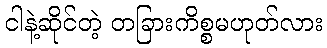
ငါနဲ့ဆိုင်တဲ့ တခြားကိစ္စမဟုတ်လား